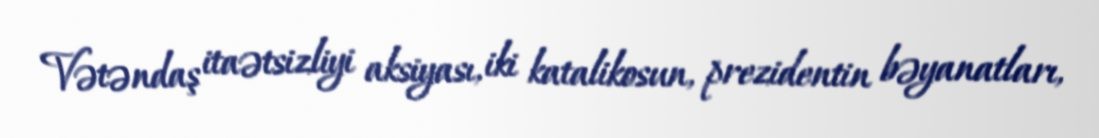
Vətəndaş itaətsizliyi aksiyası, iki katalikosun, prezidentin bəyanatları,